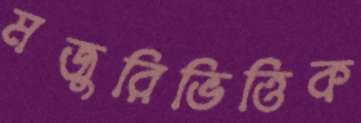
মজুরিভিত্তিক